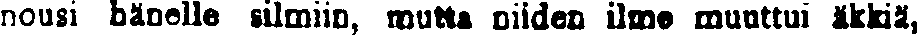
nousi hänelle silmiin, mutta niiden ilme muuttui äkkiä,